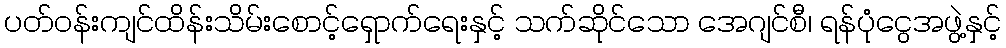
ပတ်ဝန်းကျင်ထိန်းသိမ်းစောင့်ရှောက်ရေးနှင့် သက်ဆိုင်သော အေဂျင်စီ၊ ရန်ပုံငွေအဖွဲ့နှင့်